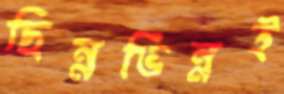
ছিন্নভিন্নই